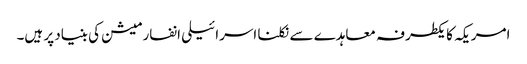
امریکہ کا یکطرفہ معاہدے سے نکلنا اسرائیلی انفارمیشن کی بنیاد پر ہیں۔